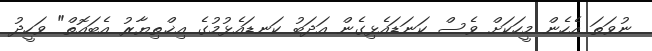
ނުވަތަ އެހެން މީހަކަށް ވެސް ކަނަޑައެޅިގެން އަދަބު ކަނޑައެޅުމުގެ އިޚްތިޔާރު އެބައޮތް" ވަހީދު